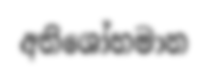
අතිශෝභමාන